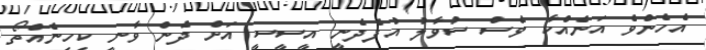
އެހެންވެ އަނެއްކާ ވެސް ސުވާލު އުފެދެނީ އީސީސީ އަށް ދެން ވާނީ ކިހިނެއްތޯ